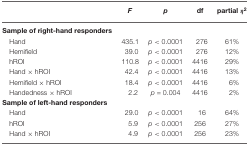
<table><thead><tr><td></td><td><b><i>F</i></b></td><td><b><i>p</i></b></td><td><b>df</b></td><td><b>partial <i>η</i><sup>2</sup></b></td></tr></thead><tbody><tr><td><b>Sample of right-hand responders</b></td></tr><tr><td>Hand</td><td>435.1</td><td><i>p</i> &lt; 0.0001</td><td>276</td><td>61%</td></tr><tr><td>Hemifield</td><td>39.0</td><td><i>p</i> &lt; 0.0001</td><td>276</td><td>12%</td></tr><tr><td>hROI</td><td>110.8</td><td><i>p</i> &lt; 0.0001</td><td>4416</td><td>29%</td></tr><tr><td>Hand × hROI</td><td>42.4</td><td><i>p</i> &lt; 0.0001</td><td>4416</td><td>13%</td></tr><tr><td>Hemifield × hROI</td><td>18.4</td><td><i>p</i> &lt; 0.0001</td><td>4416</td><td>6%</td></tr><tr><td>Handedness × hROI</td><td>2.2</td><td><i>p</i> = 0.004</td><td>4416</td><td>2%</td></tr><tr><td><b>Sample of left-hand responders</b></td></tr><tr><td>Hand</td><td>29.0</td><td><i>p</i> &lt; 0.0001</td><td>16</td><td>64%</td></tr><tr><td>hROI</td><td>5.9</td><td><i>p</i> &lt; 0.0001</td><td>256</td><td>27%</td></tr><tr><td>Hand × hROI</td><td>4.9</td><td><i>p</i> &lt; 0.0001</td><td>256</td><td>23%</td></tr></tbody></table>